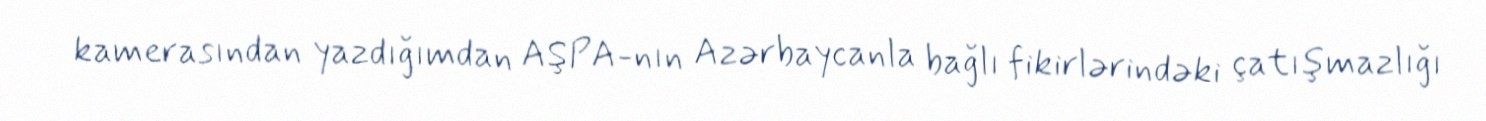
kamerasından yazdığımdan AŞPA-nın Azərbaycanla bağlı fikirlərindəki çatışmazlığı